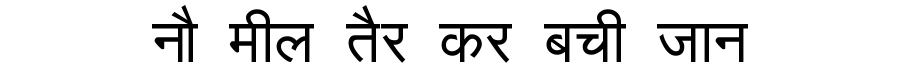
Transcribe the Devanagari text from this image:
नौ मील तैर कर बची जान